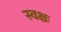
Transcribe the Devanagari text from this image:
स्वक्षः